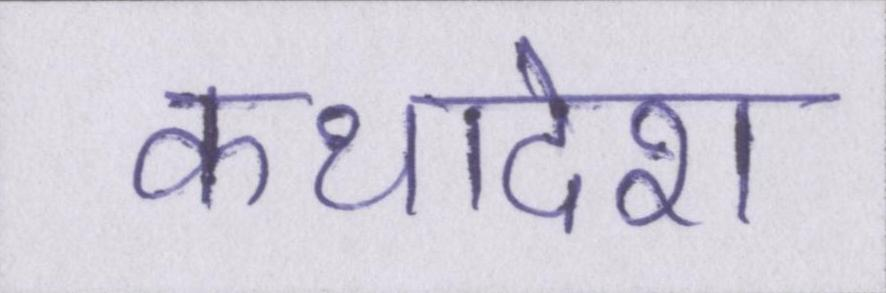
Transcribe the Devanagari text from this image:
कथादेश